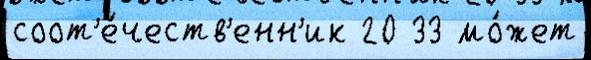
соот'е́честв'енн'ик 20 33 мо́жет